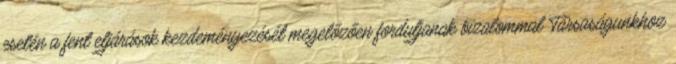
esetén a fent eljárások kezdeményezését megelőzően forduljanak bizalommal Társaságunkhoz